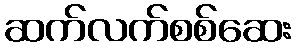
ဆက်လက်စစ်ဆေး